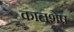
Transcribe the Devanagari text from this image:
कालशेष